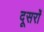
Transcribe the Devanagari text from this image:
दूसरांे